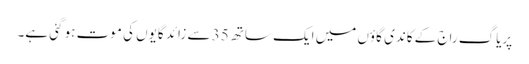
پریاگ راج کے کاندی گاؤں میں ایک ساتھ 35 سے زائد گایوں کی موت ہو گئی ہے۔